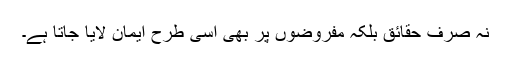
نہ صرف حقائق بلکہ مفروضوں پر بھی اسی طرح ایمان لایا جاتا ہے۔